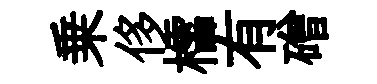
乗侈櫺有磳